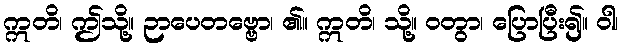
ဣတိ၊ ဤသို့။ ဉာပေတဗ္ဗော၊ ၏။ ဣတိ၊ သို့။ ဝတွာ၊ ပြောပြီး၍။ ဝါ၊